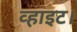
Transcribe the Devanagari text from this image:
व्हाइट।